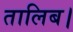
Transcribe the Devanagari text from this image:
तालिब।